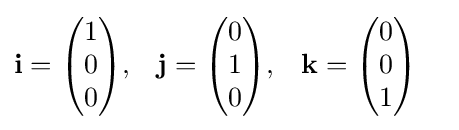
{\begin{aligned}\mathbf {i} &={\begin{pmatrix}1\\0\\0\end{pmatrix}},&\mathbf {j} &={\begin{pmatrix}0\\1\\0\end{pmatrix}},&\mathbf {k} &={\begin{pmatrix}0\\0\\1\end{pmatrix}}\end{aligned}}